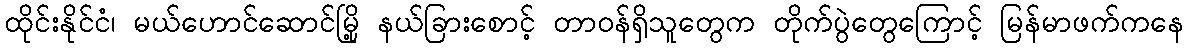
ထိုင်းနိုင်ငံ၊ မယ်ဟောင်ဆောင်မြို့ နယ်ခြားစောင့် တာဝန်ရှိသူတွေက တိုက်ပွဲတွေကြောင့် မြန်မာဖက်ကနေ